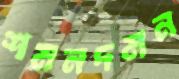
শমনদমন